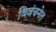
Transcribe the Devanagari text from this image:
विवंचनेत